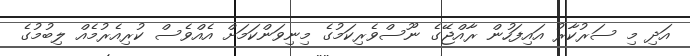
އަދި މި ސަރުކާރު އައިފަހުން ރާއްޖޭގެ ނޫސްވެރިކަމުގެ މިނިވަންކަމަށް އެއްވެސް ކުރިއެރުމެއް ލިބުމުގެ